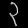
Digit: ၃